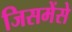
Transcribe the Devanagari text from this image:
जिसमेंसे